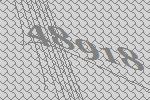
48918